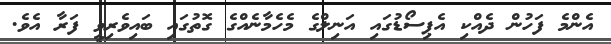
އެންމެ ފަހުން ދެއްކި އެޕިސޯޑުގައި އަނިލްގެ މެހެމާނެއްގެ ގޮތުގައި ބައިވެރިވީ ފަރާ އެވެ.